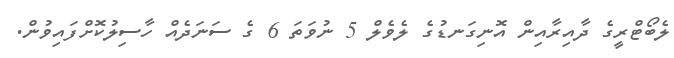
ލެބޯޓްރީގެ ދާއިރާއިން އޮނިގަނޑުގެ ލެވެލް 5 ނުވަތަ 6 ގެ ސަނަދެއް ހާސިލުކޮށްފައިވުން.